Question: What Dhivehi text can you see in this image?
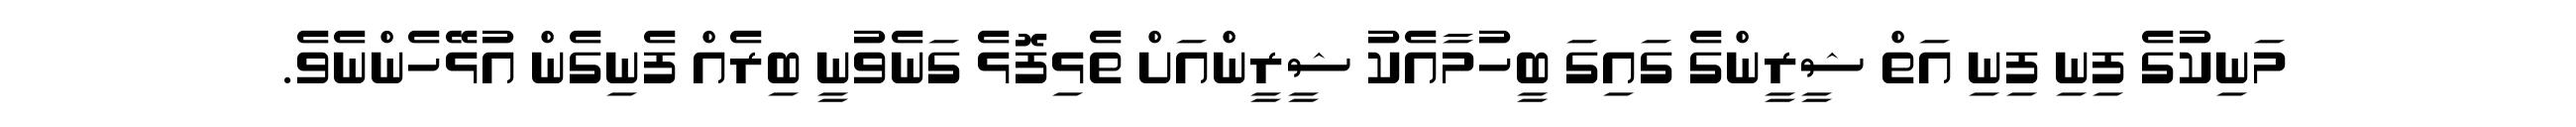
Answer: މަނިކުގެ ފިނި ފިނި އަތް ޝީރީންގެ ގައިގަ ބީހުމާއެކު ޝީރީންއަށް ތެޅިފޮޅެ ގަނެވުނީ ބިރެއް ފެނިގެން އުޅޭހެންނެވެ.